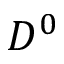
D ^ { 0 }